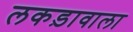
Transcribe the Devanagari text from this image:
लकड़ावाला